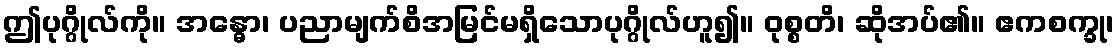
ဤပုဂ္ဂိုလ်ကို။ အန္ဓော၊ ပညာမျက်စိအမြင်မရှိသောပုဂ္ဂိုလ်ဟူ၍။ ဝုစ္စတိ၊ ဆိုအပ်၏။ ဧကစက္ခု၊